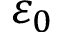
\varepsilon _ { 0 }